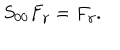
S _ { 0 0 } F _ { \gamma } = F _ { \gamma } .